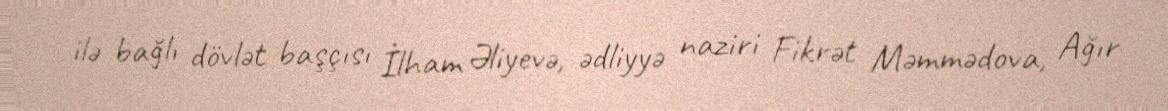
ilə bağlı dövlət başçısı İlham Əliyevə, ədliyyə naziri Fikrət Məmmədova, Ağır